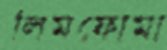
লিমফোমা